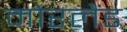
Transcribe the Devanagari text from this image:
मोरलैंड